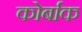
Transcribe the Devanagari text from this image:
कोर्बाक